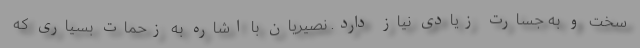
سخت و به جسارت زیادی نیاز دارد. نصیریان با اشاره به زحمات بسیاری که